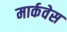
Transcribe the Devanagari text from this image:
मार्कवेस